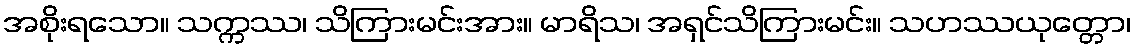
အစိုးရသော။ သက္ကဿ၊ သိကြားမင်းအား။ မာရိသ၊ အရှင်သိကြားမင်း။ သဟဿယုတ္တော၊